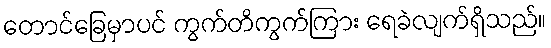
တောင်ခြေမှာပင် ကွက်တိကွက်ကြား ရေခဲလျက်ရှိသည်။